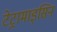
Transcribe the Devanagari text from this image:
टेट्रामाइसिन